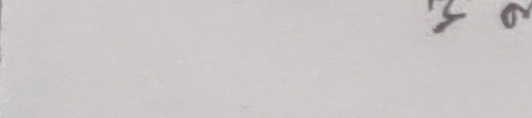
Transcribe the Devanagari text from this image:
२७